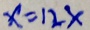
x = 1 2 x